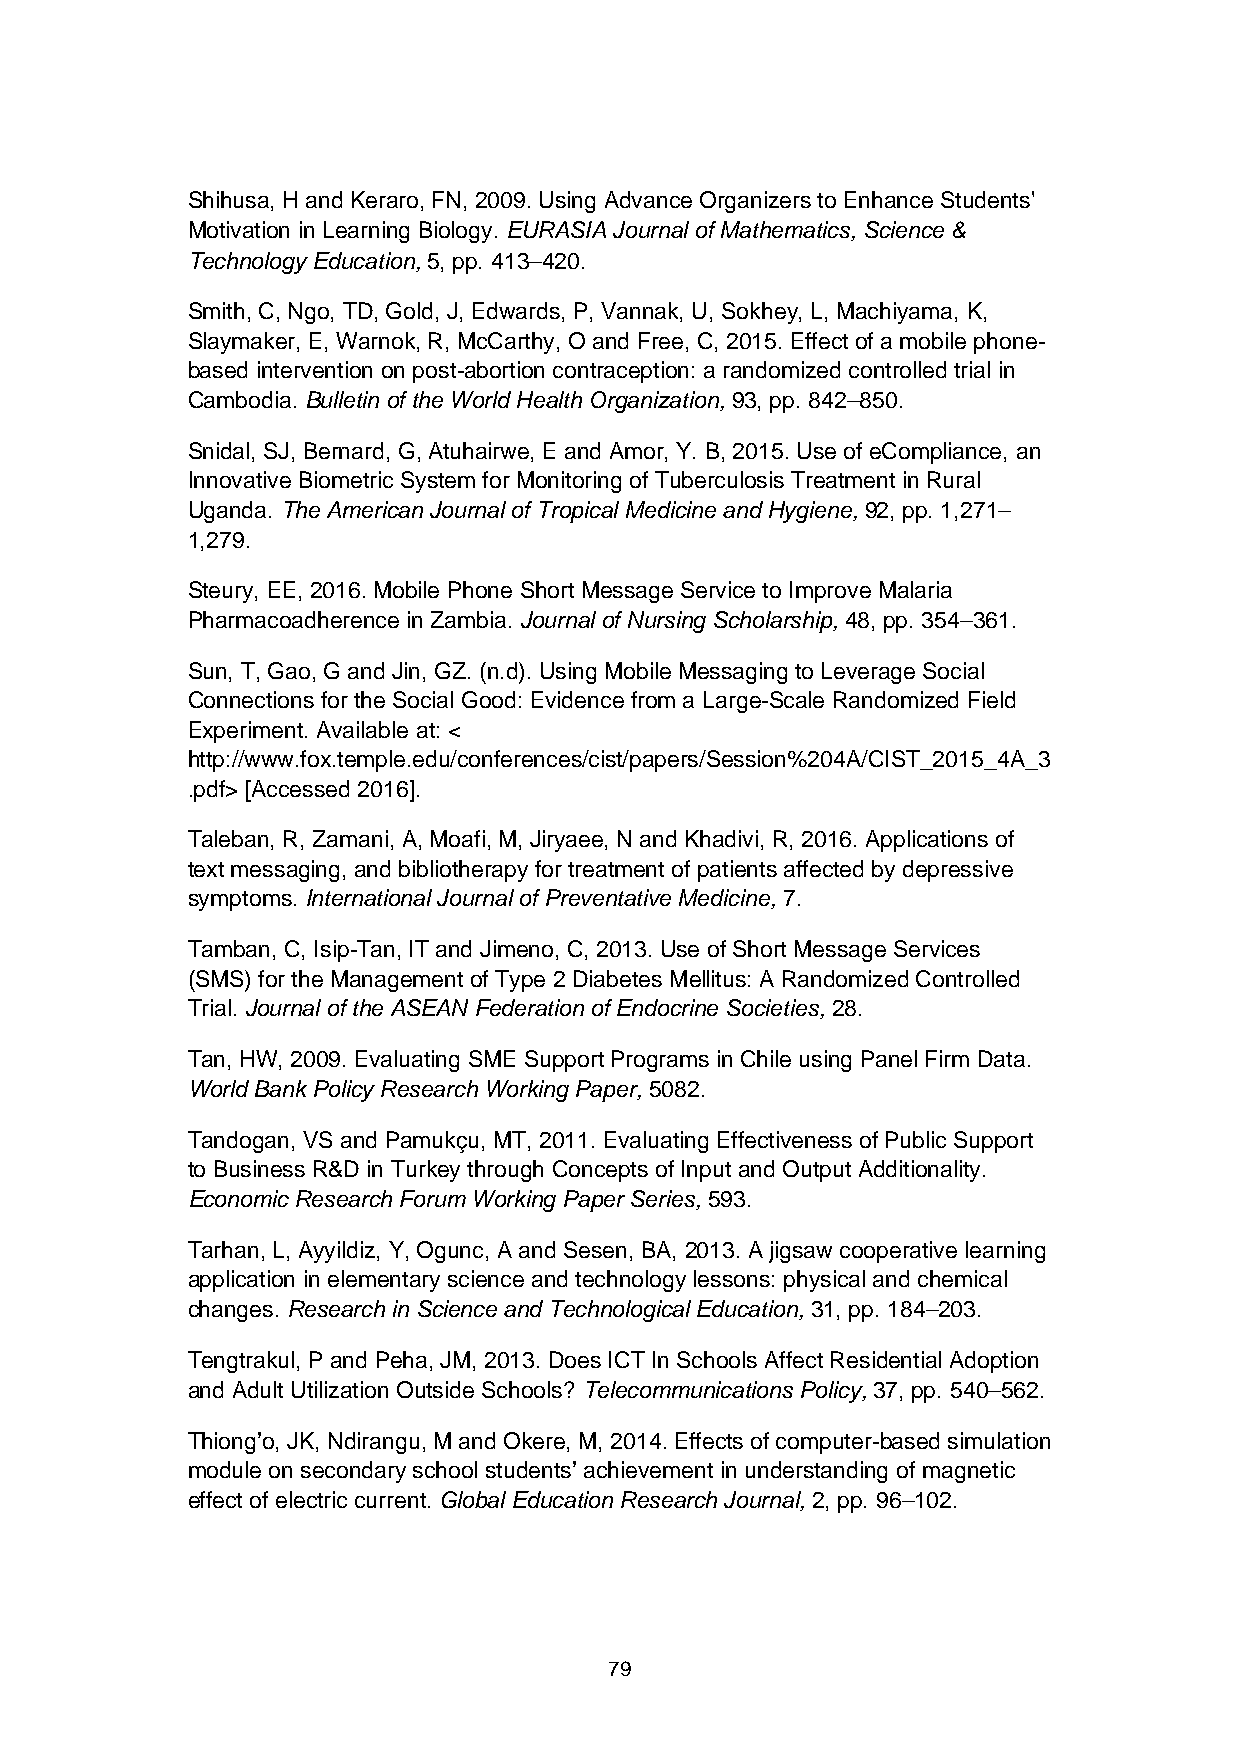
Shihusa, H and Keraro, FN, 2009. Using Advance Organizers to Enhance Students'
 Motivation in Learning Biology. EURASIA Journal of Mathematics, Science &
 Technology Education, 5, pp. 413–420.
 Smith, C, Ngo, TD, Gold, J, Edwards, P, Vannak, U, Sokhey, L, Machiyama, K,
 Slaymaker, E, Warnok, R, McCarthy, O and Free, C, 2015. Effect of a mobile phone-
 based intervention on post-abortion contraception: a randomized controlled trial in
 Cambodia. Bulletin of the World Health Organization, 93, pp. 842–850.
 Snidal, SJ, Bernard, G, Atuhairwe, E and Amor, Y. B, 2015. Use of eCompliance, an
 Innovative Biometric System for Monitoring of Tuberculosis Treatment in Rural
 Uganda. The American Journal of Tropical Medicine and Hygiene, 92, pp. 1,271–
 1,279.
 Steury, EE, 2016. Mobile Phone Short Message Service to Improve Malaria
 Pharmacoadherence in Zambia. Journal of Nursing Scholarship, 48, pp. 354–361.
 Sun, T, Gao, G and Jin, GZ. (n.d). Using Mobile Messaging to Leverage Social
 Connections for the Social Good: Evidence from a Large-Scale Randomized Field
 Experiment. Available at: <
 http://www.fox.temple.edu/conferences/cist/papers/Session%204A/CIST_2015_4A_3
 .pdf> [Accessed 2016].
 Taleban, R, Zamani, A, Moafi, M, Jiryaee, N and Khadivi, R, 2016. Applications of
 text messaging, and bibliotherapy for treatment of patients affected by depressive
 symptoms. International Journal of Preventative Medicine, 7.
 Tamban, C, Isip-Tan, IT and Jimeno, C, 2013. Use of Short Message Services
 (SMS) for the Management of Type 2 Diabetes Mellitus: A Randomized Controlled
 Trial. Journal of the ASEAN Federation of Endocrine Societies, 28.
 Tan, HW, 2009. Evaluating SME Support Programs in Chile using Panel Firm Data.
 World Bank Policy Research Working Paper, 5082.
 Tandogan, VS and Pamukçu, MT, 2011. Evaluating Effectiveness of Public Support
 to Business R&D in Turkey through Concepts of Input and Output Additionality.
 Economic Research Forum Working Paper Series, 593.
 Tarhan, L, Ayyildiz, Y, Ogunc, A and Sesen, BA, 2013. A jigsaw cooperative learning
 application in elementary science and technology lessons: physical and chemical
 changes. Research in Science and Technological Education, 31, pp. 184–203.
 Tengtrakul, P and Peha, JM, 2013. Does ICT In Schools Affect Residential Adoption
 and Adult Utilization Outside Schools? Telecommunications Policy, 37, pp. 540–562.
 Thiong’o, JK, Ndirangu, M and Okere, M, 2014. Effects of computer-based simulation
 module on secondary school students’ achievement in understanding of magnetic
 effect of electric current. Global Education Research Journal, 2, pp. 96–102.
 79